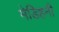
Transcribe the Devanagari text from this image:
मेडिहनी